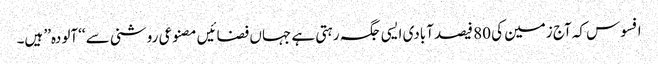
افسوس کہ آج زمین کی 80 فیصد آبادی ایسی جگہ رہتی ہے جہاں فضائیں مصنوعی روشنی سے ‘‘آلودہ’’ ہیں۔